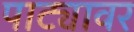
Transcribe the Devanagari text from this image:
पाट्यावर